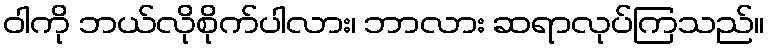
ဝါကို ဘယ်လိုစိုက်ပါလား၊ ဘာလား ဆရာလုပ်ကြသည်။